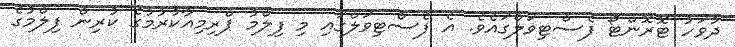
ދުވަހު ޓޮރޮންޓޯ ފެސްޓިވަލްގައެވެ. އެ ފެސްޓިވަލްގައި މި ފިލްމު ޕްރިމިއާކުރުމުގެ ކުރިން ފިލްމުގެ